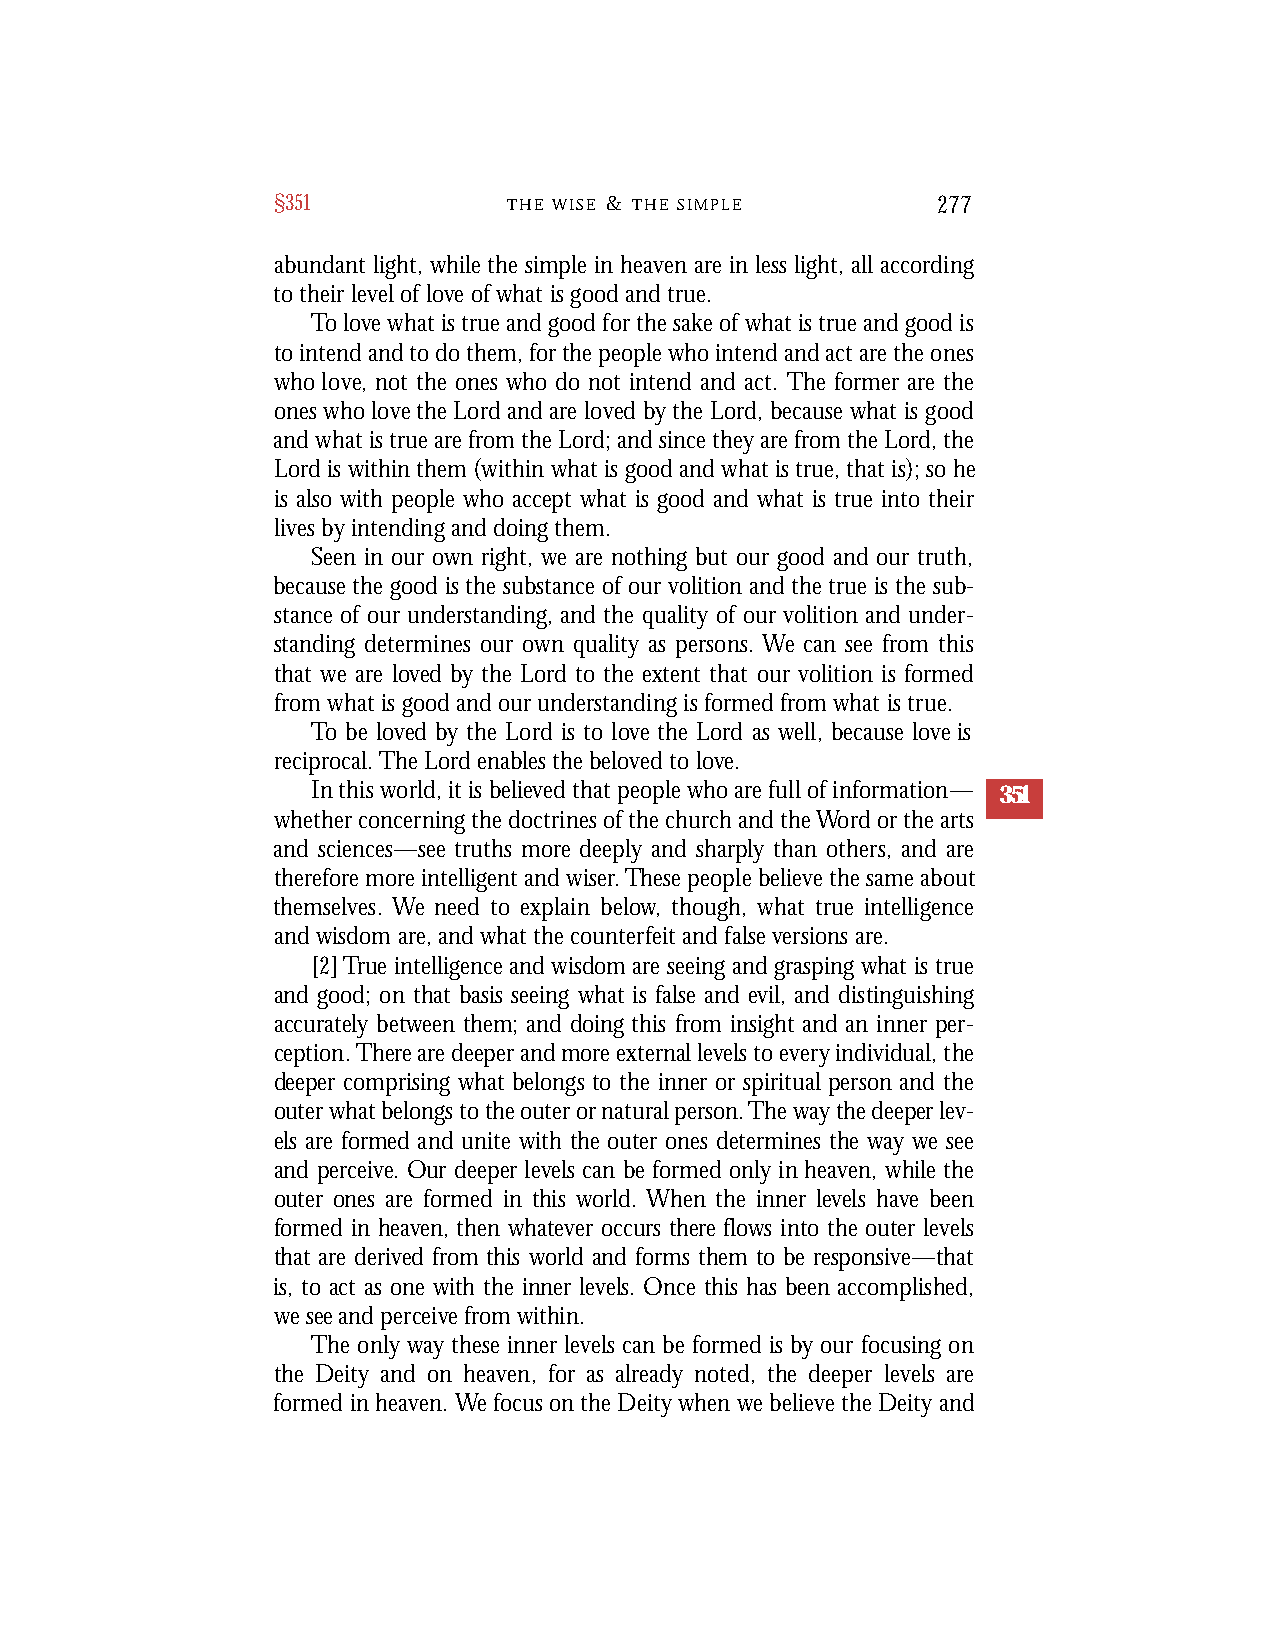
§351            T H E W I S E & T H E S I M P L E 277
 abundant light, while the simple in heaven are in less light, all according
 to their level of love of what is good and true.
 To love what is true and good for the sake of what is true and good is
 to intend and to do them, for the people who intend and act are the ones
 who love, not the ones who do not intend and act. The former are the
 ones who love the Lord and are loved by the Lord, because what is good
 and what is true are from the Lord; and since they are from the Lord, the
 Lord is within them (within what is good and what is true, that is); so he
 is also with people who accept what is good and what is true into their
 lives by intending and doing them.
 Seen in our own right, we are nothing but our good and our truth,
 because the good is the substance of our volition and the true is the sub-
 stance of our understanding, and the quality of our volition and under-
 standing determines our own quality as persons. We can see from this
 that we are loved by the Lord to the extent that our volition is formed
 from what is good and our understanding is formed from what is true.
 To be loved by the Lord is to love the Lord as well, because love is
 reciprocal. The Lord enables the beloved to love.
 In this world, it is believed that people who are full of information— 351
 whether concerning the doctrines of the church and the Word or the arts
 and sciences—see truths more deeply and sharply than others, and are
 therefore more intelligent and wiser.These people believe the same about
 themselves. We need to explain below, though, what true intelligence
 and wisdom are, and what the counterfeit and false versions are.
 [2] True intelligence and wisdom are seeing and grasping what is true
 and good; on that basis seeing what is false and evil, and distinguishing
 accurately between them; and doing this from insight and an inner per-
 ception. Th e r e are deeper and more external levels to ever y individual, the
 deeper comprising what belongs to the inner or spiritual person and the
 outer what belongs to the outer or natural person. The way the deeper lev-
 els are formed and unite with the outer ones determines the way we see
 and perce i v e. Our deeper levels can be formed only in heaven, while the
 outer ones are formed in this world. When the inner levels have been
 formed in heaven, then whatever occurs there flows into the outer level s
 that are derived from this world and forms them to be res p o n s i v e— t h a t
 is, to act as one with the inner levels. Once this has been accomplished,
 we see and perce i v e from within.
 The only way these inner levels can be formed is by our focusing on
 the Deity and on heaven, for as already noted, the deeper levels are
 formed in heaven. We focus on the Deity when we believe the Deity and